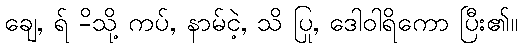
ချေ, ရ် -ိသို့ ကပ်, နာမ်ငဲ့, သိ ပြု, ဒေါဝါရိကော ပြီး၏။